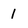
Character: 1